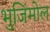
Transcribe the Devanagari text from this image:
भुजिंमोल